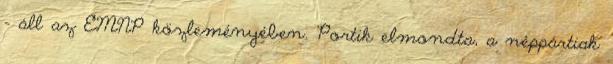
– áll az EMNP közleményében. Portik elmondta, a néppártiak